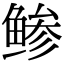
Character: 鲹